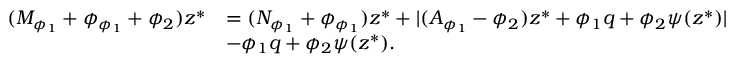
\begin{array} { r l } { ( M _ { \phi _ { 1 } } + \phi _ { \phi _ { 1 } } + \phi _ { 2 } ) z ^ { * } } & { = ( N _ { \phi _ { 1 } } + \phi _ { \phi _ { 1 } } ) z ^ { * } + \lvert ( A _ { \phi _ { 1 } } - \phi _ { 2 } ) z ^ { * } + \phi _ { 1 } q + \phi _ { 2 } \psi ( z ^ { * } ) \rvert } \\ & { - \phi _ { 1 } q + \phi _ { 2 } \psi ( z ^ { * } ) . } \end{array}